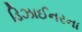
ડિઝાઈનરના